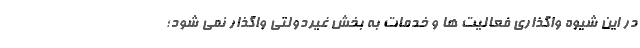
در این شیوه واگذاری فعالیت ها و خدمات به بخش غیردولتی واگذار نمی شود؛